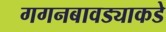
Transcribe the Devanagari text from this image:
गगनबावड्याकडे